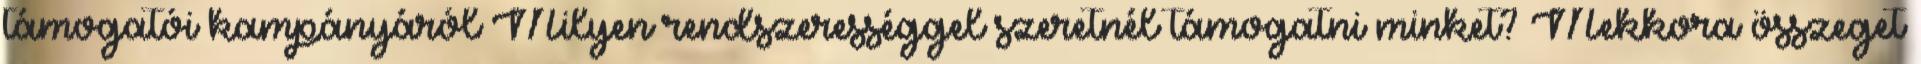
támogatói kampányáról Milyen rendszerességgel szeretnél támogatni minket? Mekkora összeget